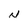
Character: N